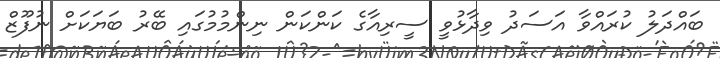
ބައްދަލު ކުރައްވާ އަސަދު ވިދާޅުވީ ސީރިއާގެ ކަންކަން ނިންމުމުގައި ބޭރު ބަޔަކަށް ނުފޫޒް